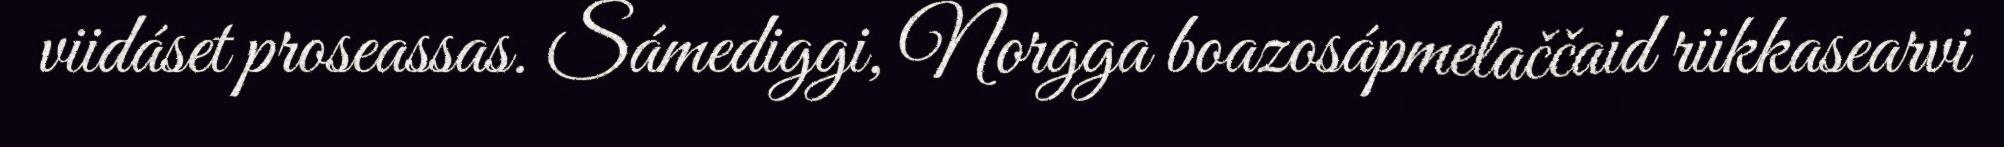
viidáset proseassas. Sámediggi, Norgga boazosápmelaččaid riikkasearvi